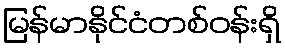
မြန်မာနိုင်ငံတစ်ဝန်းရှိ